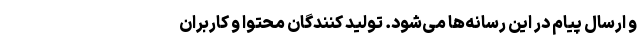
و ارسال پیام در این رسانه‌ها می‌شود. تولید کنندگان محتوا و کاربران